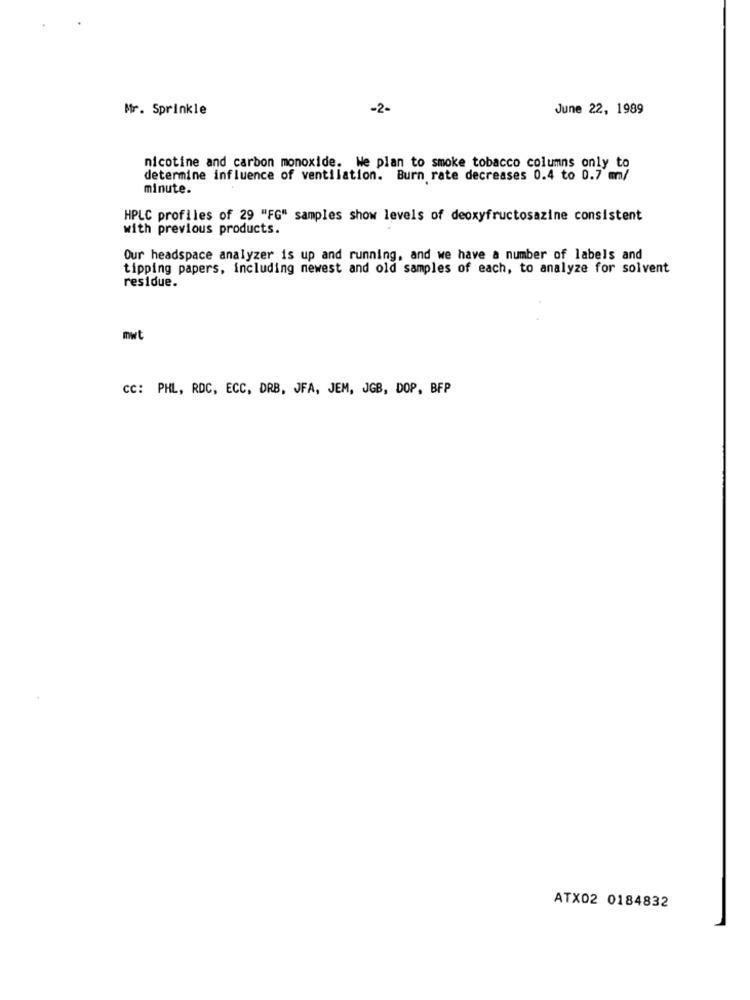
Mr. Sprinkle
-2-
June 22, 1989
nicotine and carbon monoxide. We plan to smoke tobacco columns only to
determine influence of ventilation. Burn rate decreases 0.4 to 0.7 mm/
minute.
HPLC profiles of 29 "FG" samples show levels of deoxyfructosazine consistent
with previous products.
Our headspace analyzer is up and running, and we have a number of labels and
tipping papers, including newest and old samples of each, to analyze for solvent
residue.
mwt
CC: PHL, RDC, ECC, DRB, JFA, JEM, JGB, DOP, BFP
ATX02 0184832